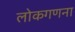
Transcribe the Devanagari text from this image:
लोकगणना